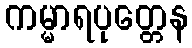
ကမ္မာရပုတ္တေန